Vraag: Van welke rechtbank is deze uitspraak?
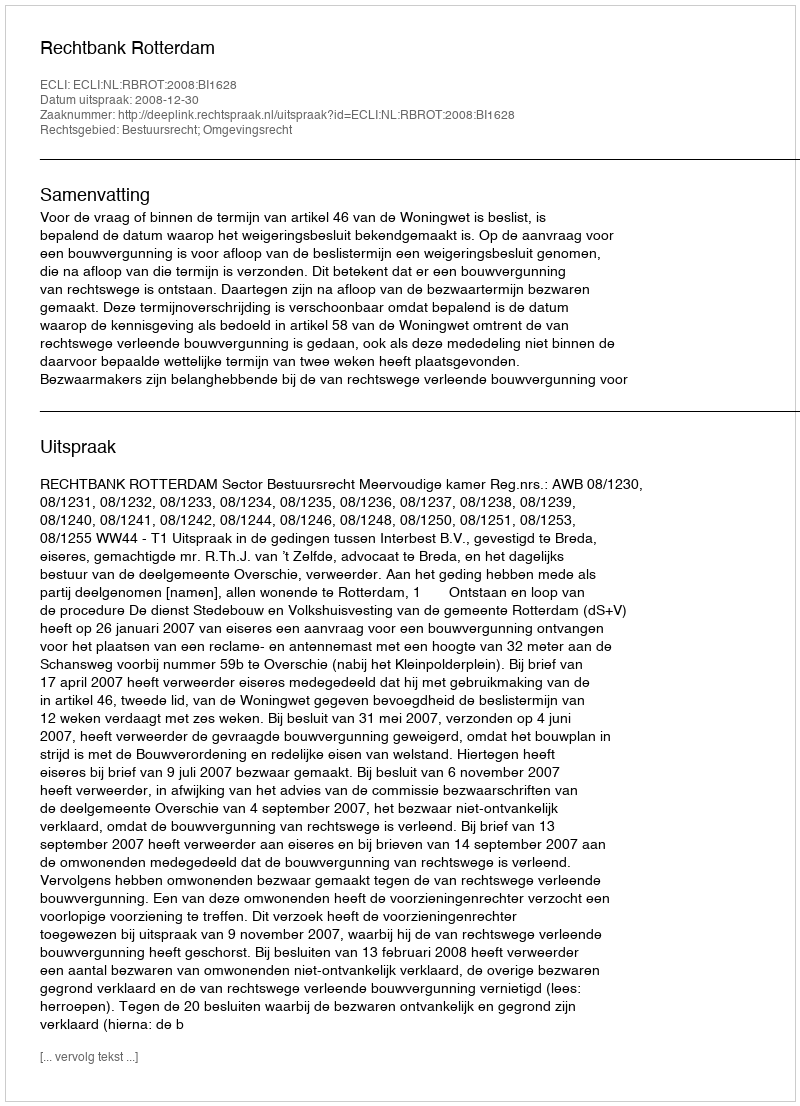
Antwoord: Rechtbank Rotterdam